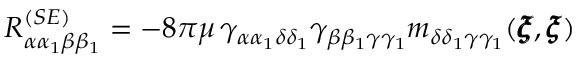
{ R } _ { \alpha \alpha _ { 1 } \beta \beta _ { 1 } } ^ { ( S E ) } = - 8 \pi \mu \, \gamma _ { \alpha \alpha _ { 1 } \delta \delta _ { 1 } } \gamma _ { \beta \beta _ { 1 } \gamma \gamma _ { 1 } } m _ { \delta \delta _ { 1 } \gamma \gamma _ { 1 } } ( { \pmb \xi } , { \pmb \xi } )